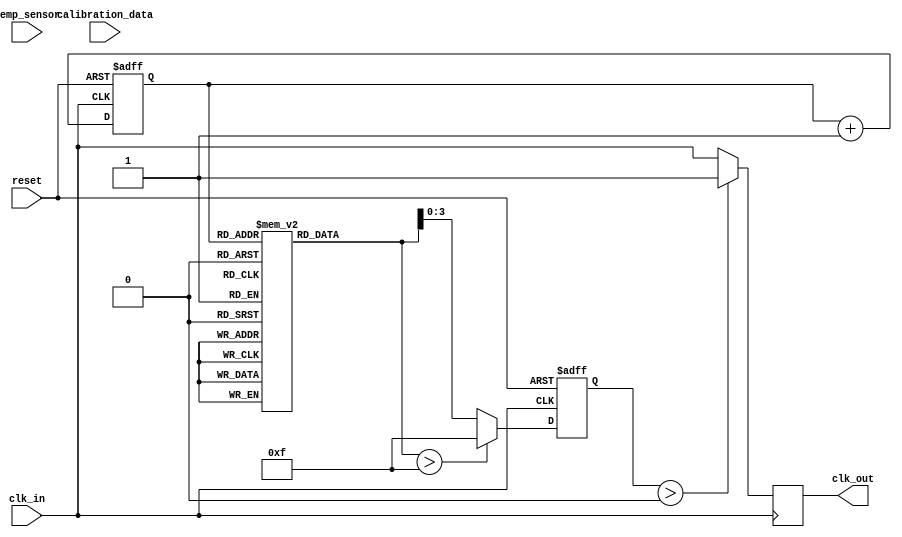
module temp_comp_clock_buffer (
    input wire clk_in,               // Input clock signal
    input wire temp_sensor,          // Temperature sensor input (for simplicity, assume it's a digital signal)
    input wire [7:0] calibration_data,// Calibration data from non-volatile memory
    input wire reset,                // Reset signal
    output reg clk_out               // Compensated clock output
);

    // Parameters for delay adjustment
    parameter DELAY_MAX = 15;        // Maximum delay value
    parameter DELAY_MIN = 0;         // Minimum delay value

    reg [3:0] delay_value;           // Current delay value
    reg [7:0] temperature;           // Current temperature
    reg [7:0] temp_calibration;      // Calibration value based on temperature
    reg [3:0] delay_adjustment;      // Delay adjustment based on temperature

    // Memory block simulation (for calibration data)
    reg [7:0] temp_calibration_mem [0:255]; // Example memory for calibration data

    // Initialize memory with some calibration values (this is just an example)
    initial begin
        // Fill the memory with some calibration data (for simulation)
        temp_calibration_mem[0] = 8'd10; // Calibration value for temperature 0
        temp_calibration_mem[1] = 8'd8;  // Calibration value for temperature 1
        // Add more calibration values as needed...
    end

    // Temperature reading logic (stub for actual sensor reading)
    always @(posedge clk_in or posedge reset) begin
        if (reset) begin
            temperature <= 8'd0; // Reset temperature
        end else begin
            // Here you would implement the actual temperature reading logic
            // For simulation, we can just increment the temperature
            // In a real application, connect to the temperature sensor
            temperature <= temperature + 1; // Simulate temperature change
        end
    end

    // Control logic to adjust delay based on temperature
    always @(posedge clk_in or posedge reset) begin
        if (reset) begin
            delay_value <= DELAY_MIN; // Reset delay value
        end else begin
            // Fetch calibration data from memory
            temp_calibration = temp_calibration_mem[temperature]; // Example mapping
            // Adjust delay based on calibration value
            // This is a simple mapping; you might want to implement a more complex logic
            delay_adjustment = (temp_calibration > DELAY_MAX) ? DELAY_MAX : temp_calibration;
            delay_value <= delay_adjustment; // Set the delay value
        end
    end

    // Clock buffer logic with adjustable delay
    always @(posedge clk_in) begin
        // Implementing a simple delay mechanism
        // In a real design, you'd use a proper delay line or adjustable buffer
        if (delay_value > 0) begin
            clk_out <= 1'b0; // Initial state
            #delay_value clk_out <= 1'b1; // Simulate delay
        end else begin
            clk_out <= clk_in; // No delay
        end
    end

endmodule